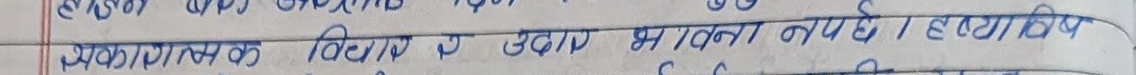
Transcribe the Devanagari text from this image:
प्रकाशात्मक विविधता उदात्त भावना नभए । दृष्‍टिकोण